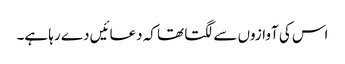
اس کی آوازوں سے لگتا تھا کہ دعائیں دے رہا ہے۔